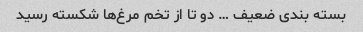
بسته بندی ضعیف … دو تا از تخم مرغ‌ها شکسته رسید